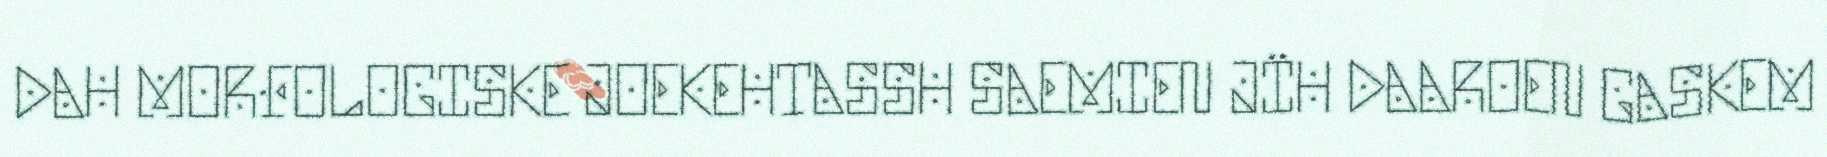
DAH MORFOLOGISKE JOEKEHTASSH SAEMIEN JÏH DAAROEN GASKEM